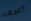
أعرف